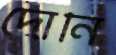
দোনি